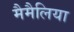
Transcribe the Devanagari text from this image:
मैमैलिया